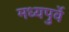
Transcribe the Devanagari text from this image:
मध्यपुर्वे